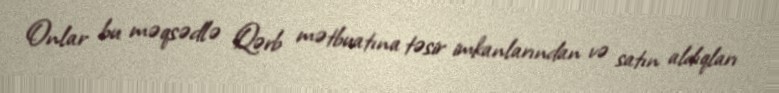
Onlar bu məqsədlə Qərb mətbuatına təsir imkanlarından və satın aldıqları